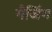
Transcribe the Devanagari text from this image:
गैजिंग